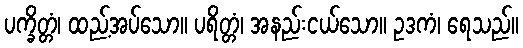
ပက္ခိတ္တံ၊ ထည့်အပ်သော။ ပရိတ္တံ၊ အနည်းငယ်သော။ ဥဒကံ၊ ရေသည်။